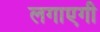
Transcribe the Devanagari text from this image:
लगाएगी